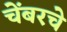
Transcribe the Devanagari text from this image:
चेंबरचे